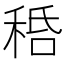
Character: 𥞸